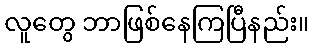
လူတွေ ဘာဖြစ်နေကြပြီနည်း။